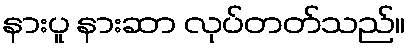
နားပူ နားဆာ လုပ်တတ်သည်။